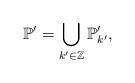
LaTeX: \begin{align*} \mathbb{P}'=\bigcup_{k'\in\mathbb{Z}}\mathbb{P}'_{k'},\end{align*}